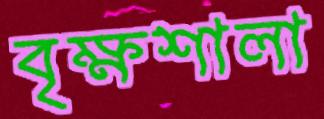
বৃক্ষশালা